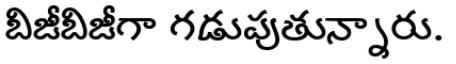
బిజీబిజీగా గడుపుతున్నారు.